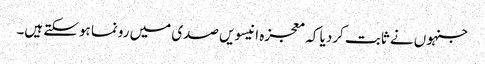
جنہوں نے ثابت کردیا کہ معجزہ انیسویں صدی میں رونما ہوسکتے ہیں۔